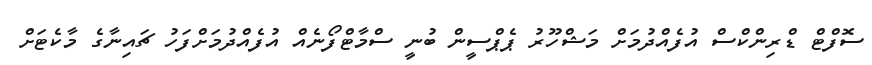
ސޮފްޓް ޑްރިންކްސް އުފެއްދުމަށް މަޝްހޫރު ޕެޕްސީން ބުނީ ސްމާޓްފޯނެއް އުފެއްދުމަށްފަހު ޗައިނާގެ މާކެޓަށް